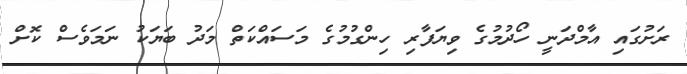
ރަށުގައި އާމްދަނީ ހޯދުމުގެ ވިޔަފާރި ހިންގުމުގެ މަސައްކަތް މަދު ބަޔަކު ނަމަވެސް ކޮށް